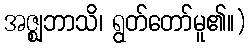
အဇ္ဈဘာသိ၊ ရွတ်တော်မူ၏။)